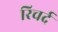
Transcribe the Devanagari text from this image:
रिचर्द